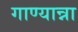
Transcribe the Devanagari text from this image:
गाण्यान्ना